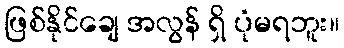
ဖြစ်နိုင်ချေ အလွန် ရှိ ပုံမရဘူး။